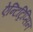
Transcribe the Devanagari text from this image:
ऐन्टिट्रिप्सिन